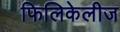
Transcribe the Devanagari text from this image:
फिलिकेलीज